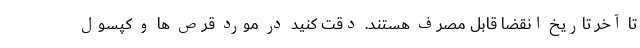
تا آخر تاریخ انقضا قابل مصرف هستند. دقت کنید در مورد قرص ها و کپسول